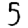
Digit: 5